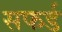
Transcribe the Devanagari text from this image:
सफर्ड